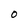
Character: O